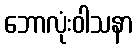
ဘောလုံးဝါသနာ